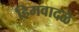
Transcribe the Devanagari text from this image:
हिमवादळे